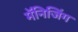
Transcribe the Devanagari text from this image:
मॅनिजिंग